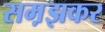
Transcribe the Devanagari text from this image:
सम़झकर